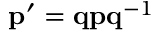
\mathbf { p ^ { \prime } } = \mathbf { q } \mathbf { p } \mathbf { q } ^ { - 1 }